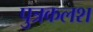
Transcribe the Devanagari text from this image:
पुत्रकलश